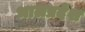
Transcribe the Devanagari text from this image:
भालप्रदेश